Report of the Indian Hemp Drugs Commission, 1894-1895 - Volume VII
Year: 1894
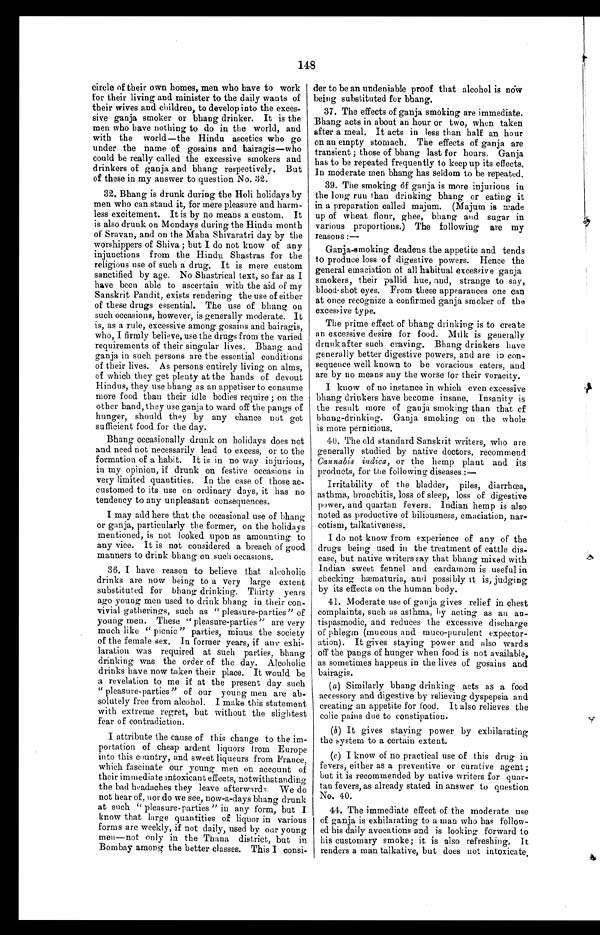
148
der to be an undeniable proof that alcohol is now
being substituted for bhang.
37. The effects of ganja smoking are immediate.
Bhang acts in about an hour or two, when taken
after a meal. It acts in less than half an hour
on an empty stomach. The effects of ganja are
transient ; those of bhang last for hours. Ganja
has to be repeated frequently to keep up its effects.
In moderate men bhang has seldom to be repeated.
39. The smoking of ganja is more injurious in
the long run than drinking bhang or eating it
in a preparation called majum. (Majum is made
up of wheat flour, ghee, bhang and sugar in
various proportions.) The following are my
reasons :—
Ganja-smoking deadens the appetite and tends
to produce loss of digestive powers. Hence the
general emaciation of all habitual excessive ganja
smokers, their pallid hue, and, strange to say,
blood-shot eyes. From these appearances one can
at once recognize a confirmed ganja smoker of the
excessive type.
The prime effect of bhang drinking is to create
an excessive desire for food. Milk is generally
drunk after such craving. Bhang drinkers have
generally better digestive powers, and are in con-
sequence well known to be voracious eaters, and
are by no means any the worse for their voracity.
I know of no instance in which even excessive
bhang drinkers have become insane. Insanity is
the result more of ganja smoking than that of
bhang-drinking. Ganja smoking on the whole
is more pernicious.
40. The old standard Sanskrit writers, who are
generally studied by native doctors, recommend
Cannabis indica, or the hemp plant and its
products, for the following diseases :—
Irritability of the bladder, piles, diarrhœa,
asthma, bronchitis, loss of sleep, loss of digestive
power, and quartan fevers. Indian hemp is also
noted as productive of biliousness, emaciation, nar-
cotism, talkativeness.
I do not know from experience of any of the
drugs being used in the treatment of cattle dis-
ease, but native writers say that bhang mixed with
Indian sweet fennel and cardamom is useful in
checking hæmaturia, and possibly it is, judging
by its effects on the human body.
41. Moderate use of ganja gives relief in chest
complaints, such as asthma, by acting as an an-
tispasmodic, and reduces the excessive discharge
of phlegm (mucous and muco-purulent expector-
ation). It gives staying power and also wards
off the pangs of hunger when food is not available,
as sometimes happens in the lives of gosains and
bairagis.
( a ) Similarly bhang drinking acts as a food
accessory and digestive by relieving dyspepsia and
creating an appetite for food. It also relieves the
colic pains due to constipation.
(b) It gives staving power by exhilarating
the system to a certain extent.
(c) I know of no practical use of this drug in
fevers, either as a preventive or curative agent ;
but it is recommended by native writers for quer-
tau fevers, as already stated in answer to question
No. 40.
44. The immediate effect of the moderate use
of ganja is exhilarating to a man who has follow-
ed his daily avocations and is looking forward to
his customary smoke; it is also refreshing. It
renders a man talkative, but does not intoxicate.
circle of their own homes, men who have to work
for their living and minister to the daily wants of
their wives and children, to develop into the exces-
sive ganja smoker or bhang drinker. It is the
men who have nothing to do in the world, and
with the world—the Hindu ascetics who go
under the name of gosains and bairagis—who
could be really called the excessive smokers and
drinkers of ganja and bhang respectively. But
of these in my answer to question No. 32.
32. Bhang is drunk during the Holi holidays by
men who can stand it, for mere pleasure and harm-
less excitement. It is by no means a custom. It
is also drunk on Mondays during the Hindu month
of Sravan, and on the Maha Shivaratri day by the
worshippers of Shiva ; but I do not know of any
injunctions from the Hindu Shastras for the
religious use of such a drug. It is mere custom
sanctified by age. No Shastrical text, so far as I
have been able to ascertain with the aid of my
Sanskrit Pandit, exists rendering the use of either
of these drugs essential. The use of bhang on
such occasions, however, is generally moderate. It
is, as a rule, excessive among gosains and bairagis,
who, I firmly believe, use the drugs from the varied
requirements of their singular lives. Bhang and
ganja in such persons are the essential conditions
of their lives. As persons entirely living on alms,
of which they get plenty at the hands of devout
Hindus, they use bhang as an appetiser to consume
more food than their idle bodies require ; on the
other hand, they use ganja to ward off the pangs of
hunger, should they by any chance not get
sufficient food for the day.
Bhang occasionally drunk on holidays does not
and need not necessarily lead to excess, or to the
formation of a habit. It is in no way injurious,
in my opinion, if drunk on festive occasions in
very limited quantities. In the case of those ac-
customed to its use on ordinary days, it has no
tendency to any unpleasant consequences.
I may add here that the occasional use of bhang
or ganja, particularly the former, on the holidays
mentioned, is not looked upon as amounting to
any vice. It is not considered a breach of good
manners to drink bhang on such occasions.
36. I have reason to believe that alcoholic
drinks are now being to a very large extent
substituted for bhang drinking. Thirty years
ago young men used to drink bhang in their con-
vivial gatherings, such as " pleasure-parties " of
young men. These " pleasure-parties " are very
much like " picnic " parties, minus the society
of the female sex. In former years, if any exhi-
laration was required at such parties, bhang
drinking was the order of the day. Alcoholic
drinks have now taken their place. It would be
a revelation to me if at the present day such
"pleasure-parties" of our young men are ab-
solutely free from alcohol. I make this statement
with extreme regret, but without the slightest
fear of contradiction.
I attribute the cause of this change to the im-
portation of cheap ardent liquors from Europe
into this country, and sweet liqueurs from France,
which fascinate our young men on account of
their immediate intoxicant effects, notwithstanding
the bad headaches they leave afterwards We do
not hear of, nor do we see, now-a-days bhang drunk
at such " pleasure-parties " in any form, but I
know that large quantities of liquor in various
forms are weekly, if not daily, used by our young
men—not only in the Thana district, but in
Bombay among the better classes. This I consi-